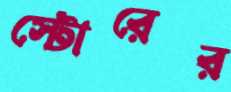
স্টোরের